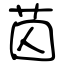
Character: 苬